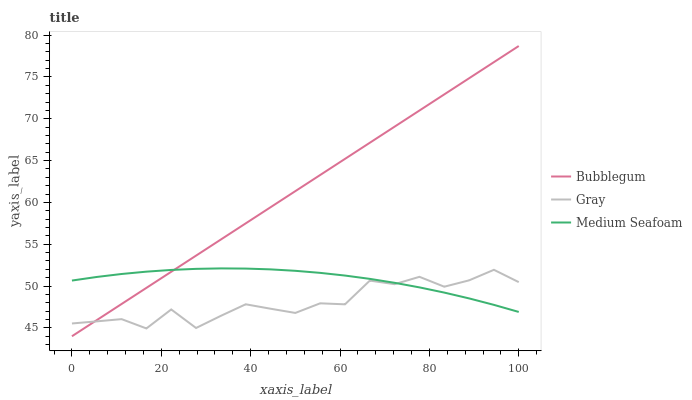
| xaxis_label | Bubblegum | Gray | Medium Seafoam |
 | --- | --- | --- | --- |
 | 0 | 44 | 45.5 | 50.7 |
 | 5.56 | 45.9 | 45.8 | 51.1 |
 | 11.1 | 47.9 | 46 | 51.4 |
 | 16.7 | 49.8 | 44.9 | 51.7 |
 | 22.2 | 51.7 | 47.2 | 51.9 |
 | 27.8 | 53.6 | 45 | 52.1 |
 | 33.3 | 55.6 | 46.4 | 52.1 |
 | 38.9 | 57.5 | 47.8 | 52.1 |
 | 44.4 | 59.4 | 47.3 | 52 |
 | 50 | 61.4 | 46.8 | 51.8 |
 | 55.6 | 63.3 | 47.9 | 51.6 |
 | 61.1 | 65.2 | 47.8 | 51.3 |
 | 66.7 | 67.1 | 50.7 | 50.9 |
 | 72.2 | 69.1 | 50.2 | 50.4 |
 | 77.8 | 71 | 51.1 | 49.8 |
 | 83.3 | 72.9 | 49.9 | 49.2 |
 | 88.9 | 74.8 | 50.7 | 48.5 |
 | 94.4 | 76.8 | 51.9 | 47.8 |
 | 100 | 78.7 | 50.5 | 46.9 |